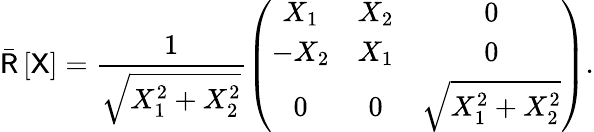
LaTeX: \bar{\mathsf{R}}\left[\mathsf{X}\right]=\frac{1}{\sqrt{X_{1}^{2}+X_{2}^{2}}}\left(\begin{array}{ccc}{X_{1}}&{X_{2}}&{0}\\ {-X_{2}}&{X_{1}}&{0}\\ {0}&{0}&{\sqrt{X_{1}^{2}+X_{2}^{2}}}\end{array}\right).